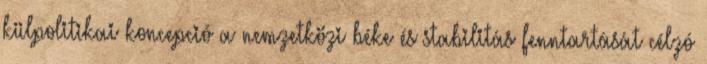
külpolitikai koncepció a nemzetközi béke és stabilitás fenntartását célzó